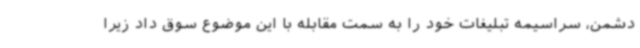
دشمن، سراسیمه تبلیغات خود را به سمت مقابله با این موضوع سوق داد زیرا